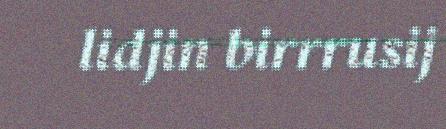
lidjin birrrusij